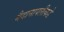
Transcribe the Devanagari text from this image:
मैदानापलीकडे